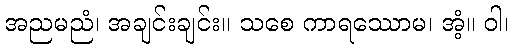
အညမညံ၊ အချင်းချင်း။ သစေ ကာရဿောမ၊ အံ့။ ဝါ၊